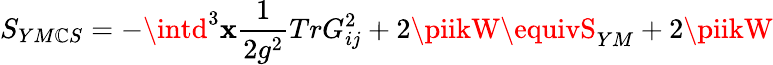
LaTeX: S_{YM\mathbb{C}S}=-\intd^{3}\mathbf{x}\frac{{1}}{{2g^{2}}}TrG_{ij}^{2}+2\piikW\equivS_{YM}+2\piikW